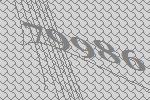
79986